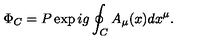
\Phi _ { C } = P \exp i g \oint _ { C } A _ { \mu } ( x ) d x ^ { \mu } .